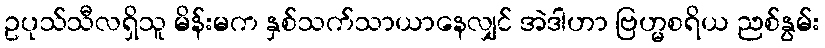
ဥပုသ်သီလရှိသူ မိန်းမက နှစ်သက်သာယာနေလျှင် အဲဒါဟာ ဗြဟ္မစရိယ ညစ်နွမ်း